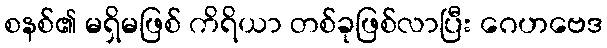
စနစ်၏ မရှိမဖြစ် ကိရိယာ တစ်ခုဖြစ်လာပြီး ဂေဟဗေဒ